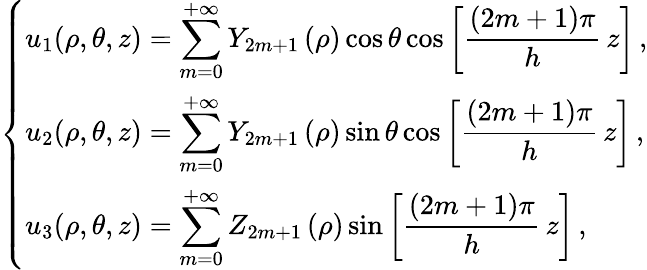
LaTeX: \left\{ \begin{array}{ll}{\displaystyle{u_{1}(\rho,\theta,z)=\sum_{m=0}^{+\infty}Y_{2m+1}\left(\rho\right)\cos\theta\cos\left[\frac{(2m+1)\pi}h\, z\right]\, ,}}\\ {\displaystyle{u_{2}(\rho,\theta,z)=\sum_{m=0}^{+\infty}Y_{2m+1}\left(\rho\right)\sin\theta\cos\left[\frac{(2m+1)\pi}h\, z\right]\, ,}}\\ {\displaystyle{u_{3}(\rho,\theta,z)=\sum_{m=0}^{+\infty}Z_{2m+1}\left(\rho\right)\sin\left[\frac{(2m+1)\pi}h\, z\right]\, ,}}\end{array}\right.